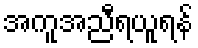
အကူအညီရယူရန်